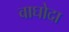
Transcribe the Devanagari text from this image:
वाघोदा